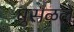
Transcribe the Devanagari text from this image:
घुसळले